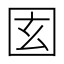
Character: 𡇎